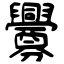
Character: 釁